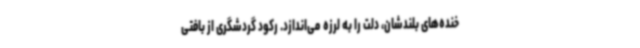
خنده‌های بلندشان، دلت را به لرزه می‌اندازد. رکود گردشگری از بافتی